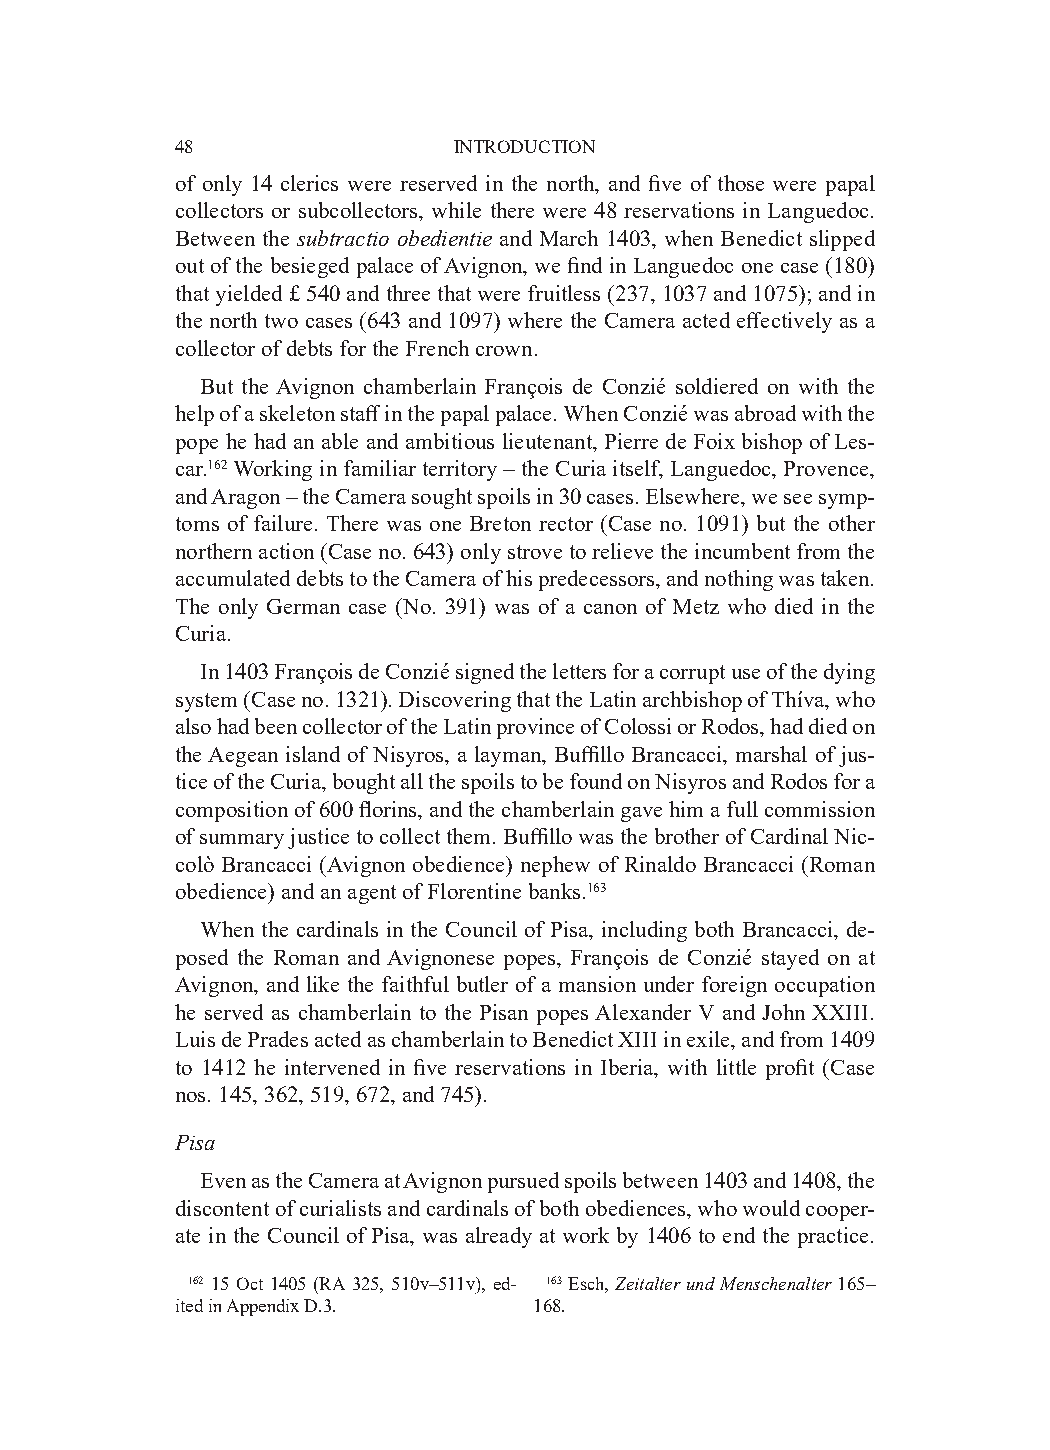
48                INTRODUCTION
 of only 14 clerics were reserved in the north, and five of those were papal
 collectors or subcollectors, while there were 48 reservations in Languedoc.
 Between the subtractio obedientie and March 1403, when Benedict slipped
 out of the besieged palace of Avignon, we find in Languedoc one case (180)
 that yielded £ 540 and three that were fruitless (237, 1037 and 1075); and in
 the north two cases (643 and 1097) where the Camera acted effectively as a
 collector of debts for the French crown.
 But the Avignon chamberlain François de Conzié soldiered on with the
 help of a skeleton staff in the papal palace. When Conzié was abroad with the
 pope he had an able and ambitious lieutenant, Pierre de Foix bishop of Les-
 car.162 Working in familiar territory – the Curia itself, Languedoc, Provence,
 and Aragon – the Camera sought spoils in 30 cases. Elsewhere, we see symp-
 toms of failure. There was one Breton rector (Case no. 1091) but the other
 northern action (Case no. 643) only strove to relieve the incumbent from the
 accumulated debts to the Camera of his predecessors, and nothing was taken.
 The only German case (No. 391) was of a canon of Metz who died in the
 Curia.
 In 1403 François de Conzié signed the letters for a corrupt use of the dying
 system (Case no. 1321). Discovering that the Latin archbishop of Thíva, who
 also had been collector of the Latin province of Colossi or Rodos, had died on
 the Aegean island of Nisyros, a layman, Buffillo Brancacci, marshal of jus-
 tice of the Curia, bought all the spoils to be found on Nisyros and Rodos for a
 composition of 600 florins, and the chamberlain gave him a full commission
 of summary justice to collect them. Buffillo was the brother of Cardinal Nic-
 colò Brancacci (Avignon obedience) nephew of Rinaldo Brancacci (Roman
 obedience) and an agent of Florentine banks.163
 When the cardinals in the Council of Pisa, including both Brancacci, de-
 posed the Roman and Avignonese popes, François de Conzié stayed on at
 Avignon, and like the faithful butler of a mansion under foreign occupation
 he served as chamberlain to the Pisan popes Alexander V and John XXIII.
 Luis de Prades acted as chamberlain to Benedict XIII in exile, and from 1409
 to 1412 he intervened in five reservations in Iberia, with little profit (Case
 nos. 145, 362, 519, 672, and 745).
 Pisa
 Even as the Camera at Avignon pursued spoils between 1403 and 1408, the
 discontent of curialists and cardinals of both obediences, who would cooper-
 ate in the Council of Pisa, was already at work by 1406 to end the practice.
 162 15 Oct 1405 (RA 325, 510v–511v), ed- 163 Esch, Zeitalter und Menschenalter 165–
 ited in Appendix D.3.  168.